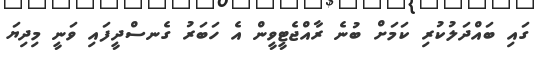
ގައި ބައްދަލުކުރި ކަމަށް ބުނެ ރާއްޖެޓީވީން އެ ހަބަރު ގެނސްދީފައި ވަނީ މިދިޔަ